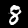
Digit: 8